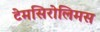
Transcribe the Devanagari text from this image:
टेमसिरोलिमस